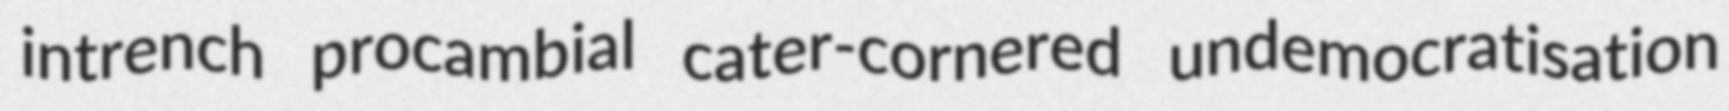
intrench procambial cater-cornered undemocratisation